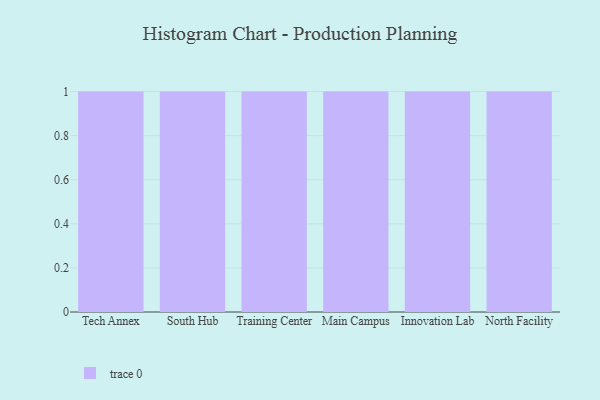
{"axis": {"x": "Campus", "y": "Satisfaction Score"}, "legend": [""], "data": [{"x": "Tech Annex", "y": 12, "type": ""}, {"x": "South Hub", "y": 74, "type": ""}, {"x": "Training Center", "y": 8, "type": ""}, {"x": "Main Campus", "y": 84, "type": ""}, {"x": "Innovation Lab", "y": 32, "type": ""}, {"x": "North Facility", "y": 88, "type": ""}]}